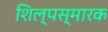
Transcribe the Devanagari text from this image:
शिल्पस्मारक